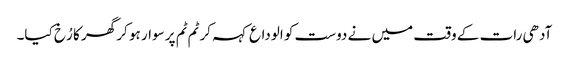
آدھی رات کے وقت میں نے دوست کو الوداع کہہ کر ٹم ٹم پر سوار ہو کر گھر کا رُخ کیا۔